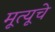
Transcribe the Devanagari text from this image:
मूत्यूचे